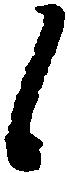
候